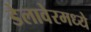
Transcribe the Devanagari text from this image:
डेलावेरमध्ये